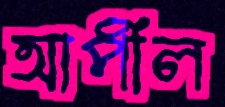
আপীল